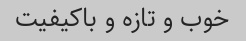
خوب و تازه و باکیفیت